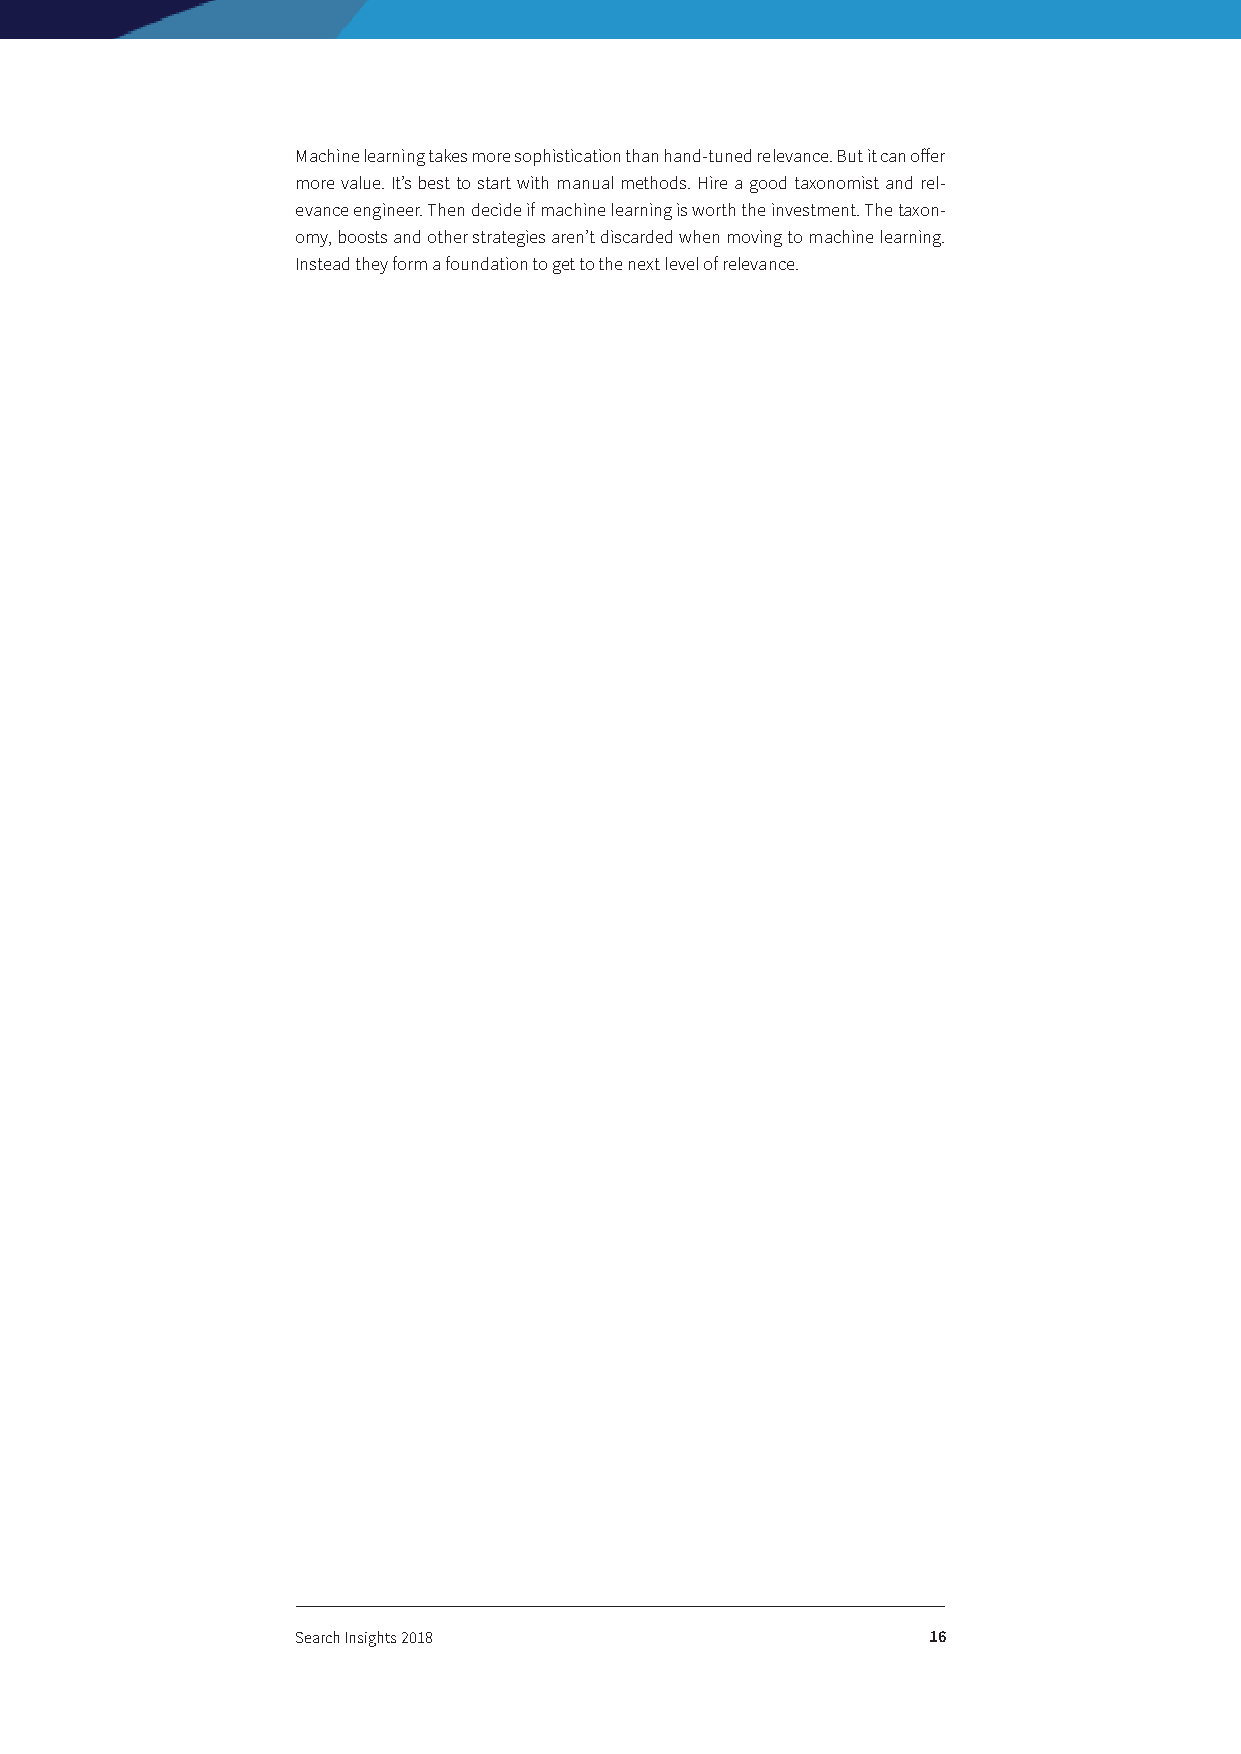
Machine learning takes more sophistication than hand-tuned relevance. But it can offer
 more value. It’s best to start with manual methods. Hire a good taxonomist and rel-
 evance engineer. Then decide if machine learning is worth the investment. The taxon-
 omy, boosts and other strategies aren’t discarded when moving to machine learning.
 Instead they form a foundation to get to the next level of relevance.
 Search Insights 2018                     16